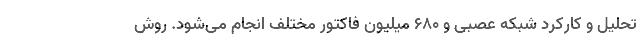
تحلیل و کارکرد شبکه عصبی و ۶۸۰ میلیون فاکتور مختلف انجام می‌شود. روش